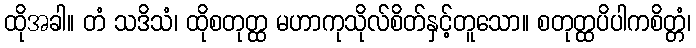
ထိုအခါ။ တံ သဒိသံ၊ ထိုစတုတ္ထ မဟာကုသိုလ်စိတ်နှင့်တူသော။ စတုတ္ထပိပါကစိတ္တံ၊